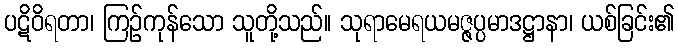
ပဋိဝိရတာ၊ ကြဉ်ကုန်သော သူတို့သည်။ သုရာမေရယမဇ္ဇပ္ပမာဒဋ္ဌာနာ၊ ယစ်ခြင်း၏